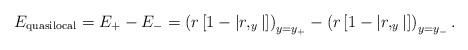
LaTeX: \begin{align*}E_{{\rm quasilocal}}=E_{+}-E_{-}=\left( r\left[ 1-\left| r,_y\right| \right]\right) _{y=y_{+}}-\left( r\left[ 1-\left| r,_y\right| \right] \right)_{y=y_{-}}.\end{align*}